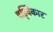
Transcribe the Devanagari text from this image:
षड्विकार